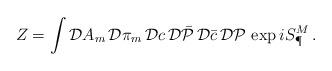
LaTeX: \begin{align*}Z= \int {\cal D} A_m \,{\cal D}\pi_m \,{\cal D}c \,{\cal D} \bar {\cal P}\,{\cal D}\bar c\, {\cal D}{\cal P} \, \exp iS^M_\P\,.\end{align*}